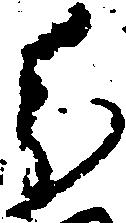
分